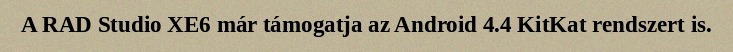
A RAD Studio XE6 már támogatja az Android 4.4 KitKat rendszert is.